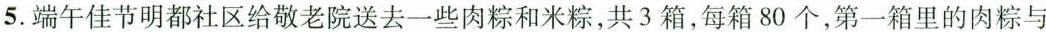
5.端午佳节明都社区给敬老院送去一些肉粽和米粽，共3箱，每箱80个，第一箱里的肉粽与